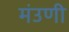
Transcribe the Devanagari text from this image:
मंउणी